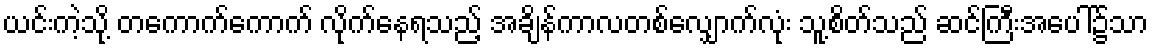
ယင်းကဲ့သို့ တကောက်ကောက် လိုက်နေရသည့် အချိန်ကာလတစ်လျှောက်လုံး သူ့စိတ်သည် ဆင်ကြီးအပေါ်၌သာ